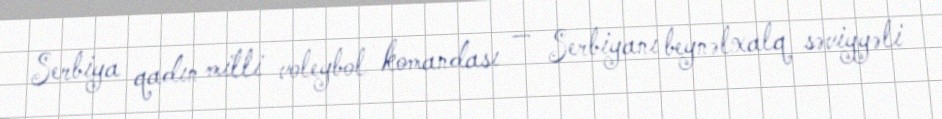
Serbiya qadın milli voleybol komandası — Serbiyanı beynəlxalq səviyyəli